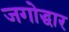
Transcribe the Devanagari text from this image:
जगोद्धार